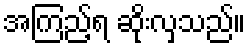
အကြည့်ရ ဆိုးလှသည်။